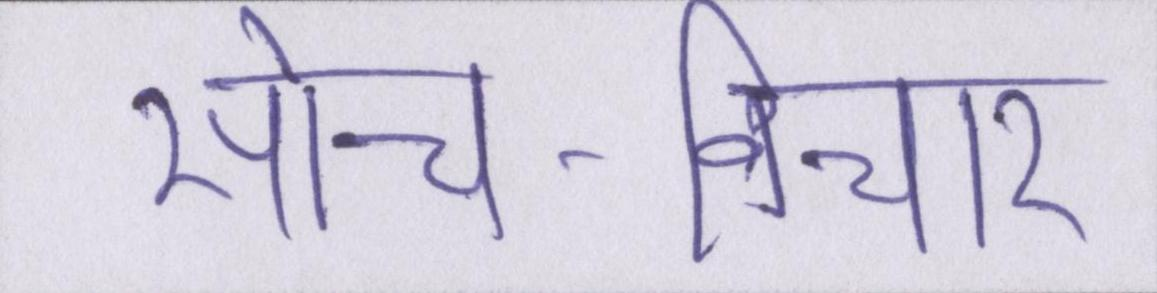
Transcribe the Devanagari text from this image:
सोच-विचार